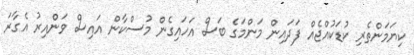
ކިޔަމަންތެރި ކުޑަކުއްޖެއް ފަދައިން މަންމަގެ ބަސް އަހައިގެން މުސްކާން އައިސް ވަންއިރު އެގާރަ